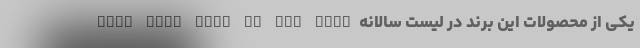
یکی از محصولات این برند در لیست سالانه Best dash cams of the year